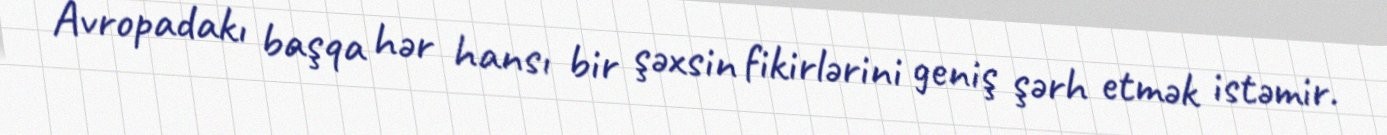
Avropadakı başqa hər hansı bir şəxsin fikirlərini geniş şərh etmək istəmir.